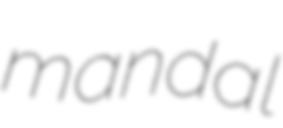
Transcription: mandal